Preparation of a safe and efficient antirabic vaccine - Number 44
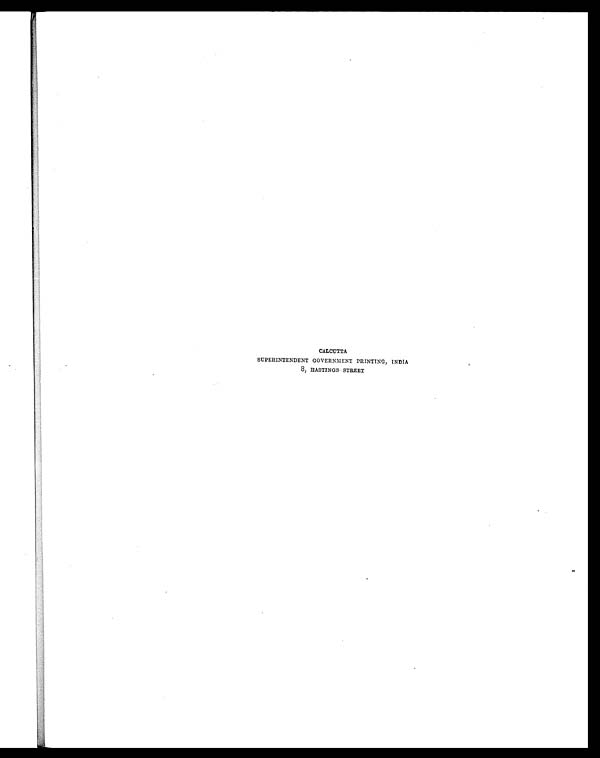
CALCUTTA
SUPERINTENDENT GOVERNMENT PRINTING, INDIA
8, HASTINGS STREET